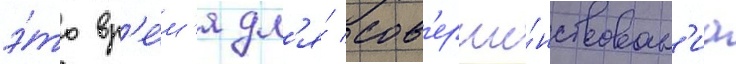
э́то вр'е́м'я дл'я́ сов'ерше́нствован'иа